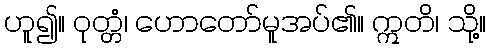
ဟူ၍။ ဝုတ္တံ၊ ဟောတော်မူအပ်၏။ ဣတိ၊ သို့။